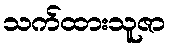
သက်ထားသူဇာ